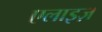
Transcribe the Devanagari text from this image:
एलाइज़